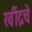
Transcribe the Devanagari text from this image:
रवींद्रचे